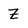
Character: Z